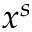
x ^ { s }